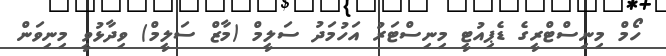
ހޯމް މިނިސްޓްރީގެ ޑެޕިއުޓީ މިނިސްޓަރު އަހުމަދު ސަލީމް (މާޒް ސަލީމް) ވިދާޅުވީ މިނިވަން